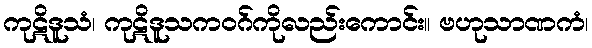
ကုဋိဒူသံ၊ ကုဋိဒူသကဝဂ်ကိုလည်းကောင်း။ ဗဟုသာဏကံ၊